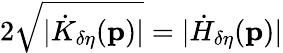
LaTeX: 2\sqrt{\vert\dot{K}_{\delta\eta}(\mathbf{p})\vert}=\vert\dot{H}_{\delta\eta}(\mathbf{p})\vert